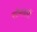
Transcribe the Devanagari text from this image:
सोमवारीं